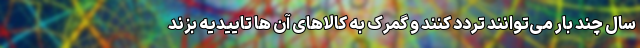
سال چند بار می‌توانند تردد کنند و گمرک به کالاهای آن ها تاییدیه بزند